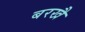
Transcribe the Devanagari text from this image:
बरखै